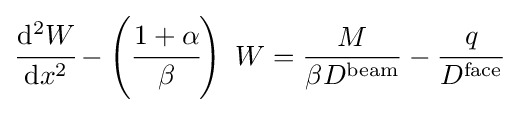
{\cfrac {\mathrm {d} ^{2}W}{\mathrm {d} x^{2}}}-\left({\cfrac {1+\alpha }{\beta }}\right)~W={\frac {M}{\beta D^{\mathrm {beam} }}}-{\cfrac {q}{D^{\mathrm {face} }}}